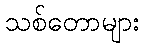
သစ်တောများ